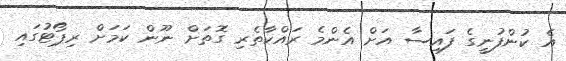
އެ ކުންފުނީގެ ފައިސާ އަށް އެންމެ ރައްކާތެރި ގޮތަށް ނޫން ކަމަށް ރިޕޯޓުގައި